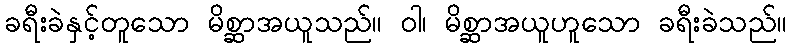
ခရီးခဲနှင့်တူသော မိစ္ဆာအယူသည်။ ဝါ၊ မိစ္ဆာအယူဟူသော ခရီးခဲသည်။